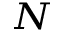
_ N